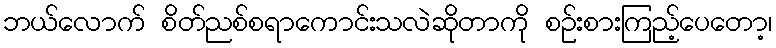
ဘယ်လောက် စိတ်ညစ်စရာကောင်းသလဲဆိုတာကို စဉ်းစားကြည့်ပေတော့၊